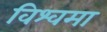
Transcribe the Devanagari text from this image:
विश्वमा